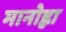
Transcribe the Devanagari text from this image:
मानोह्ला